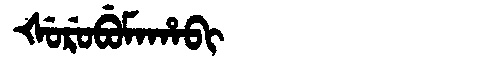
Manchu: ᡧᡠᡵᡠᠪᡠᠮᠠᡥᠠᠪᡳ
Romanization: ŠURUBUMAHABI